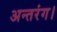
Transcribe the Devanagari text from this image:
अन्तरंग।